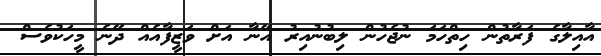
އާއިލާގެ ފަރާތުން ހިތްހަމަ ނުޖެހުން ލިބުނުއިރު އޭނާ އަށް ވަޒީފާއެއް ދޭނެ މީހަކުވެސް